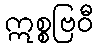
ဣစ္စဗြဝီ